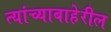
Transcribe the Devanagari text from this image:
त्यांच्याबाहेरील